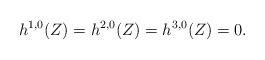
LaTeX: \begin{align*}h^{1,0}(Z) = h^{2,0}(Z) = h^{3,0}(Z) = 0.\end{align*}